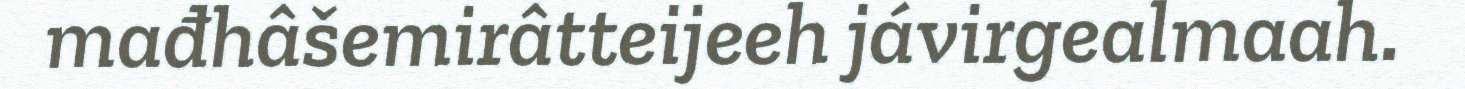
mađhâšemirâtteijeeh jávirgealmaah.